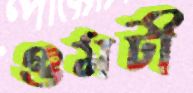
গুমটী